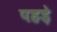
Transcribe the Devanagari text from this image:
पहड़े